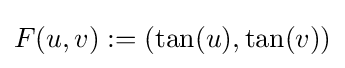
F(u,v):=(\tan(u),\tan(v))